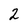
Character: 2